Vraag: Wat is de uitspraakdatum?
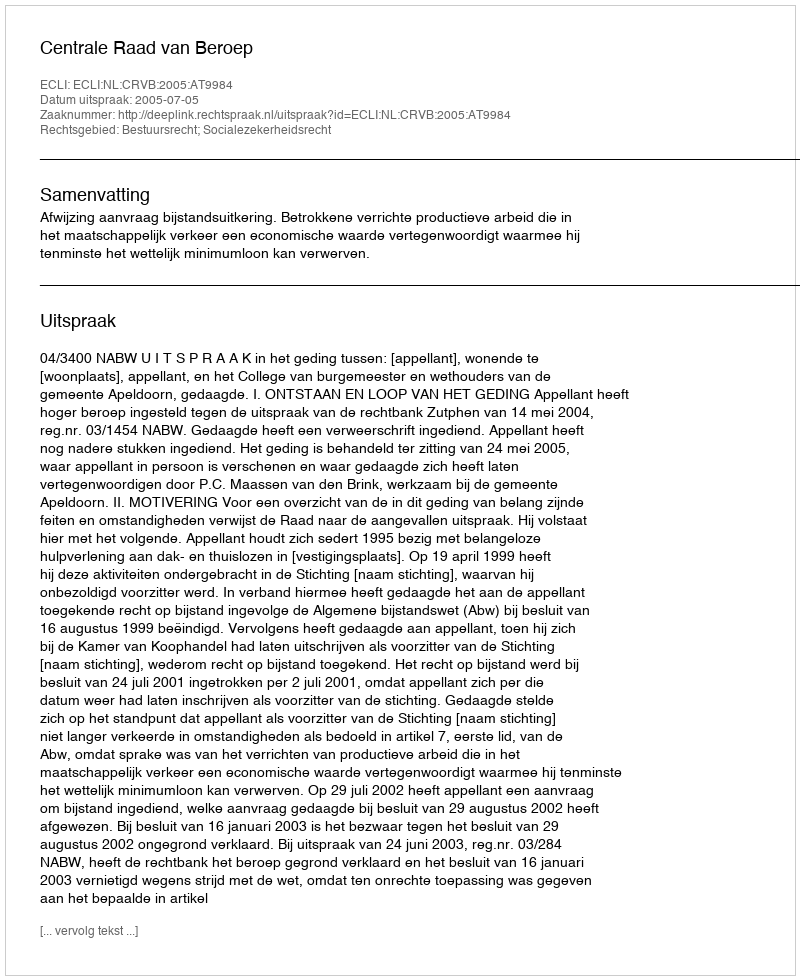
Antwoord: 2005-07-05